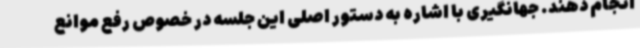
انجام دهند. جهانگیری با اشاره به دستور اصلی این جلسه در خصوص رفع موانع